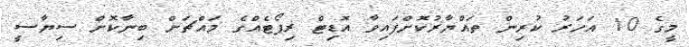
މީގެ 10 އަހަރު ކުރިން ތައްޔާރުކޮށްފައިވާ އޮޑިޓް ރިޕޯޓެއްގެ މައްޗަށް ބިނާކޮށް ސިޔާސީ